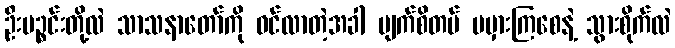
ဦးပဉ္စင်းတို့လဲ သာသနာတော်ကို ဝင်လာတဲ့အခါ မျက်စိတပ် မမှားကြစေနဲ့ သွားစိုက်လဲ